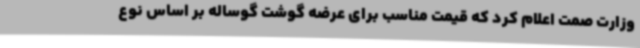
وزارت صمت اعلام کرد که قیمت مناسب برای عرضه گوشت گوساله بر اساس نوع